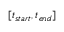
[ t _ { s t a r t } , t _ { e n d } ]